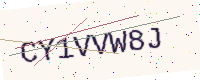
Text: CY1VVW8J